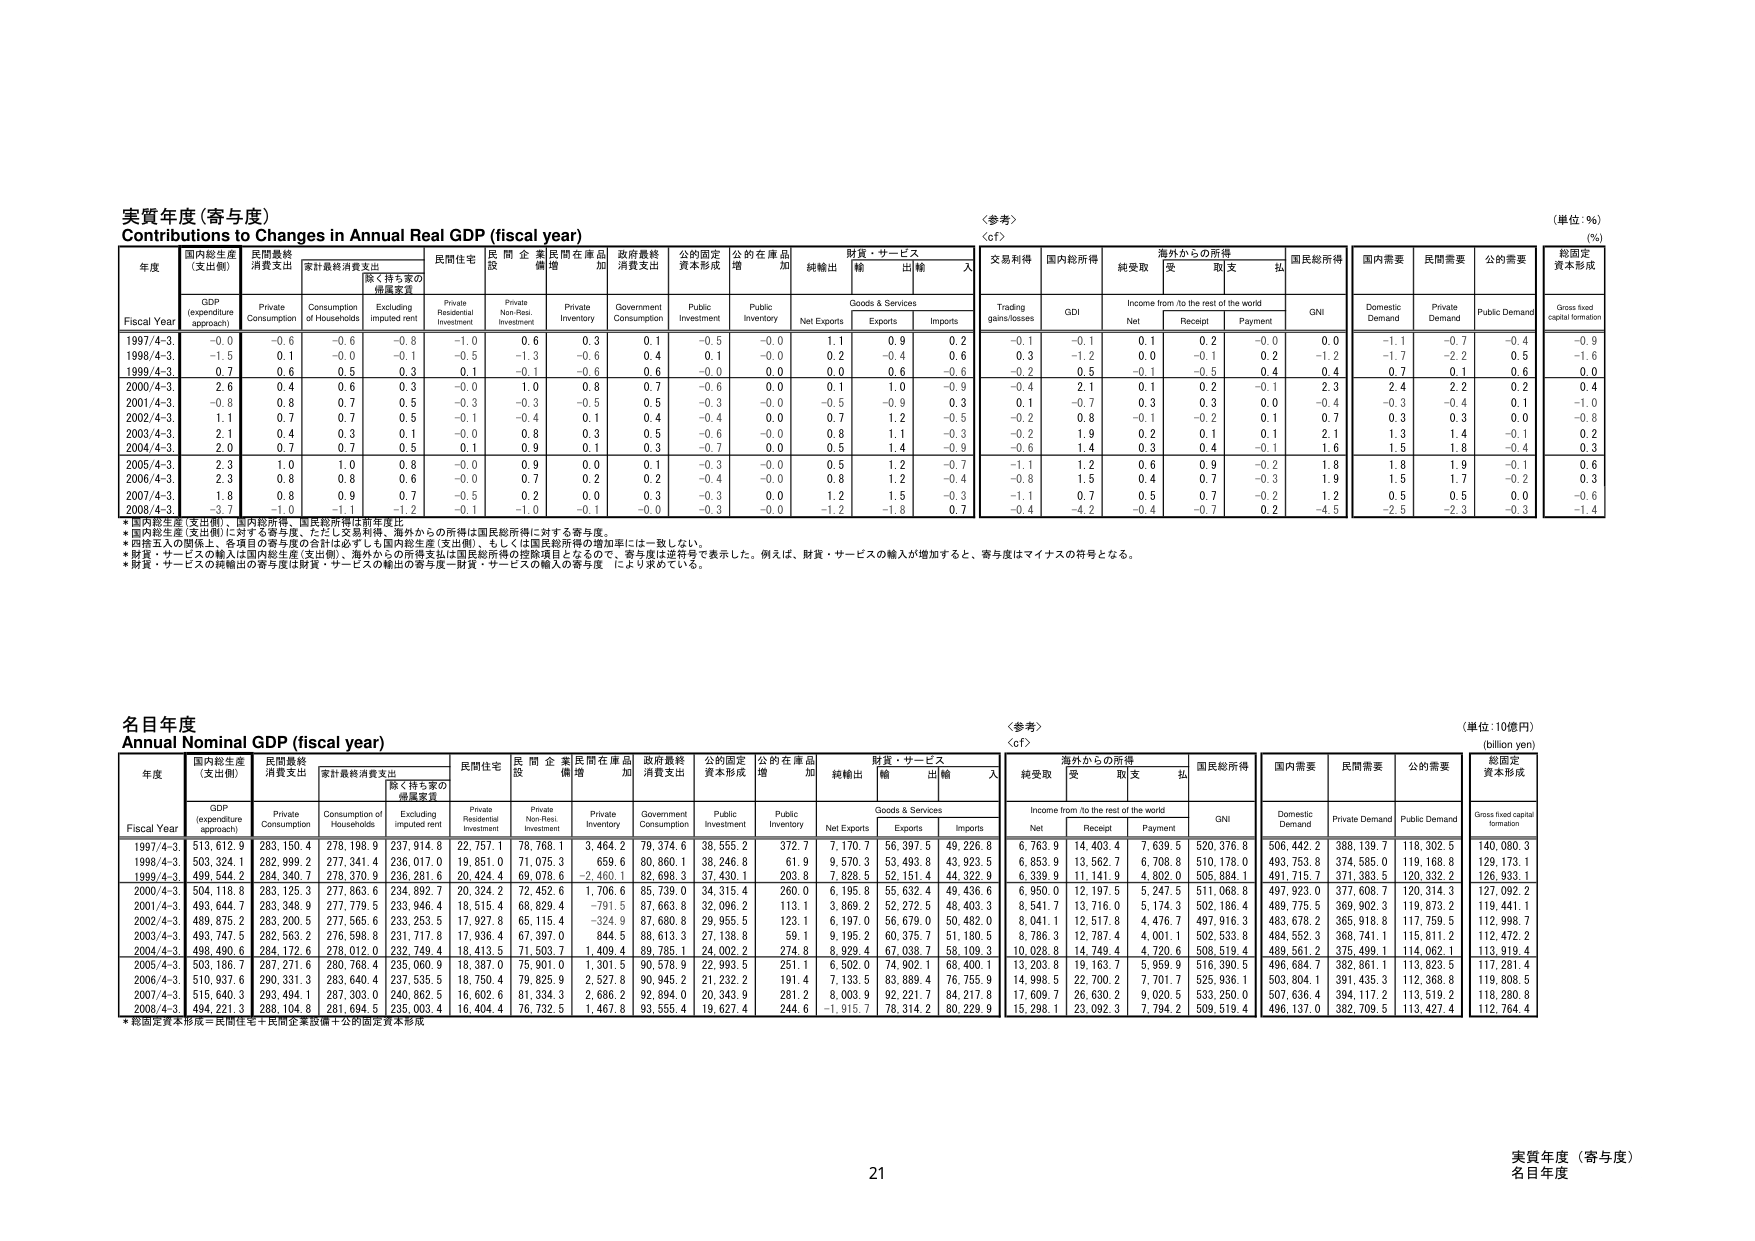
実質年度（寄与度）
Contributions to Changes in Annual Real GDP (fiscal year)
〈参考〉
〈cf〉
（単位：%）
(%)

年度
Fiscal Year
国内総生産
(支出側)
GDP
(expenditure
approach)
民間最終
消費支出
Private
Consumption
家計最終消費支出
Consumption of
Households
除く持ち家の
帰属家賃
Excluding
imputed rent
民間住宅
Private
Residential
Investment
民間企業
設備
Private
Non-Resi.
Investment
民間在庫品
増加
Private
Inventory
政府最終
消費支出
Government
Consumption
公的固定
資本形成
Public
Investment
公的在庫品
増加
Public
Inventory
財貨・サービス
Goods & Services
純輸出
Net Exports
輸出
Exports
輸入
Imports
交易利得
Trading
gains/losses
国内総所得
GDI
海外からの所得
Income from /to the rest of the world
国民総所得
GNI
国内需要
Domestic
Demand
民間需要
Private
Demand
公的需要
Public
Demand
総固定
資本形成
Gross fixed
capital formation
Net
Receipt
Payment

1997/4-3.
-0.0
-0.6
-0.6
-0.8
-1.0
0.6
0.3
0.1
-0.5
-0.0
1.1
0.9
0.2
-0.1
-0.1
0.1
0.2
-0.0
0.0
-1.1
-0.7
-0.4
-0.9

1998/4-3.
-1.5
0.1
-0.0
-0.1
-0.5
-1.3
-0.6
0.4
0.1
-0.0
0.2
-0.4
0.6
0.3
-1.2
0.0
-0.1
0.2
-1.2
-1.7
-2.2
0.5
-1.6

1999/4-3.
0.7
0.6
0.5
0.3
0.1
-0.1
-0.6
0.6
-0.0
0.0
0.0
0.6
-0.6
-0.2
0.5
-0.1
-0.5
0.4
0.4
0.7
0.1
0.6
0.0

2000/4-3.
2.6
0.4
0.6
0.3
-0.0
1.0
0.8
0.7
-0.6
0.0
0.1
1.0
-0.9
-0.4
2.1
0.1
0.2
-0.1
2.3
2.4
2.2
0.2
0.4

2001/4-3.
-0.8
0.8
0.7
0.5
-0.3
-0.3
-0.5
0.5
-0.3
-0.0
-0.5
-0.9
0.3
0.1
-0.7
0.3
0.3
0.0
-0.4
-0.3
-0.4
0.1
-1.0

2002/4-3.
1.1
0.7
0.7
0.5
-0.1
-0.4
0.1
0.4
-0.4
0.0
0.7
1.2
-0.5
-0.2
0.8
-0.1
-0.2
0.1
0.7
0.3
0.3
0.0
-0.8

2003/4-3.
2.1
0.4
0.3
0.1
-0.0
0.8
0.3
0.5
-0.6
-0.0
0.8
1.1
-0.3
-0.2
1.9
0.2
0.1
0.1
2.1
1.3
1.4
-0.1
0.2

2004/4-3.
2.0
0.7
0.7
0.5
0.1
0.9
0.1
0.3
-0.7
0.0
0.5
1.4
-0.9
-0.6
1.4
0.3
0.4
-0.1
1.6
1.5
1.8
-0.4
0.3

2005/4-3.
2.3
1.0
1.0
0.8
-0.0
0.9
0.0
0.1
-0.3
-0.0
0.5
1.2
-0.7
-1.1
1.2
0.6
0.9
-0.2
1.8
1.8
1.9
-0.1
0.6

2006/4-3.
2.3
0.8
0.8
0.6
-0.0
0.7
0.2
0.2
-0.4
-0.0
0.8
1.2
-0.4
-0.8
1.5
0.4
0.7
-0.3
1.9
1.5
1.7
-0.2
0.3

2007/4-3.
1.8
0.8
0.9
0.7
-0.5
0.2
0.0
0.3
-0.3
0.0
1.2
1.5
-0.3
-1.1
0.7
0.5
0.7
-0.2
1.2
0.5
0.5
0.0
-0.6

2008/4-3.
-3.7
-1.0
-1.1
-1.2
-0.1
-1.0
-0.1
0.0
-0.3
-0.0
-1.2
-1.8
0.7
-0.4
-4.2
-0.4
-0.7
0.2
-4.5
-2.5
-2.3
-0.3
-1.4

*国内総生産（支出側）、国内総所得、国民総所得は前年度比
*国内総生産（支出側）に対する寄与度、ただし交易利得、海外からの所得は国民総所得に対する寄与度。
*四捨五入の関係上、各項目の寄与度の合計は必ずしも国内総生産（支出側）、もしくは国民総所得の増加率には一致しない。
*財貨・サービスの輸入（国内総生産（支出側）、海外からの所得支出は国民所得の控除項目となるので、寄与度は逆符号で表示した。例えば、財貨・サービスの輸入が増加すると、寄与度はマイナスの符号となる。
*財貨・サービスの純輸出の寄与度は財貨・サービスの輸出の寄与度－財貨・サービスの輸入の寄与度 により求めている。

名目年度
Annual Nominal GDP (fiscal year)
〈参考〉
〈cf〉
（単位：10億円）
(billion yen)

年度
Fiscal Year
国内総生産
(支出側)
GDP
(expenditure
approach)
民間最終
消費支出
Private
Consumption
家計最終消費支出
Consumption of
Households
除く持ち家の
帰属家賃
Excluding
imputed rent
民間住宅
Private
Residential
Investment
民間企業
設備
Private
Non-Resi.
Investment
民間在庫品
増加
Private
Inventory
政府最終
消費支出
Government
Consumption
公的固定
資本形成
Public
Investment
公的在庫品
増加
Public
Inventory
財貨・サービス
Goods & Services
純輸出
Net Exports
輸出
Exports
輸入
Imports
税受取
Income from /to the rest of the world
海外からの所得
国民総所得
GNI
国内需要
Domestic
Demand
民間需要
Private
Demand
公的需要
Public
Demand
総固定
資本形成
Gross fixed capital formation
Net
Receipt
Payment

1997/4-3.
513,612.9
283,150.4
278,198.9
237,914.8
22,757.1
76,768.1
3,464.2
79,374.6
38,555.2
372.7
7,170.7
56,397.5
49,226.8
6,763.9
14,403.4
7,639.5
520,376.8
506,442.2
388,139.7
118,302.5
140,080.3

1998/4-3.
503,324.1
282,999.2
277,341.4
236,017.0
19,851.0
71,075.3
659.6
80,860.1
38,246.8
61.9
9,570.3
53,493.8
43,923.5
6,853.9
13,562.7
6,708.8
510,178.0
493,753.8
374,585.0
119,168.8
129,173.1

1999/4-3.
499,544.2
284,340.7
278,370.9
236,281.6
20,424.4
69,078.6
-2,400.1
82,696.3
37,430.1
203.8
7,828.5
52,151.4
44,322.9
6,339.9
11,141.9
4,802.0
505,884.1
491,715.7
371,383.5
120,332.2
126,933.1

2000/4-3.
504,118.6
283,125.3
277,863.6
234,892.7
20,324.2
72,452.6
1,706.6
85,739.0
34,315.4
260.0
6,195.8
55,632.4
49,436.6
6,950.0
12,197.5
5,247.5
511,068.8
497,923.0
377,608.7
120,314.3
127,092.2

2001/4-3.
493,644.7
283,348.9
277,779.5
233,946.4
18,515.4
68,829.4
-791.5
87,663.8
32,096.2
113.1
3,869.2
52,272.5
48,403.3
8,541.7
13,716.0
5,174.3
502,186.4
489,775.5
369,902.3
119,873.2
119,441.1

2002/4-3.
489,875.2
283,200.5
277,565.6
233,253.5
17,927.8
65,115.4
-324.9
87,680.8
29,955.5
123.1
6,197.0
56,679.0
50,482.0
8,041.1
12,517.8
4,476.7
497,916.3
483,678.2
365,918.8
117,759.5
112,998.7

2003/4-3.
493,747.5
282,563.2
276,598.8
231,717.8
17,936.4
67,397.0
844.5
88,613.3
27,138.8
59.1
9,195.2
60,375.7
51,180.5
8,786.3
12,787.4
4,001.1
502,533.8
484,552.3
368,741.1
115,811.2
112,472.2

2004/4-3.
498,490.6
284,172.6
278,012.0
232,749.4
18,413.5
71,503.7
1,409.4
89,785.1
24,002.2
274.8
8,929.4
67,038.7
58,109.3
10,028.8
14,749.4
4,720.6
508,519.4
489,561.2
375,499.1
114,062.1
113,919.4

2005/4-3.
503,186.7
287,271.6
280,768.4
235,060.9
18,387.0
75,901.0
1,301.5
90,578.9
22,993.5
251.1
6,502.0
74,902.1
68,400.1
13,203.8
19,163.7
5,959.9
516,390.5
496,684.7
382,861.1
113,823.5
117,281.4

2006/4-3.
510,937.6
290,331.3
283,640.4
237,535.5
18,750.4
79,825.9
2,527.8
90,945.2
21,232.2
191.4
7,133.5
83,889.4
76,755.9
14,998.5
22,700.2
7,701.7
525,936.1
503,804.1
391,435.3
112,368.8
119,808.5

2007/4-3.
515,640.3
293,494.1
287,303.0
240,962.5
16,602.6
81,334.3
2,686.2
92,894.0
20,343.9
281.2
8,003.9
92,221.7
84,217.8
17,609.7
26,630.2
9,020.5
533,250.0
507,636.4
394,117.2
113,519.2
118,280.8

2008/4-3.
494,221.3
288,104.8
281,694.5
235,003.4
16,404.4
76,732.5
1,467.8
93,555.4
19,627.4
244.6
-1,915.7
78,314.2
80,229.9
15,298.1
23,092.3
7,794.2
509,519.4
496,137.0
382,709.5
113,427.4
112,764.4

*総固定資本形成＝民間住宅＋民間企業設備＋公的固定資本形成

21
実質年度（寄与度）
名目年度